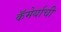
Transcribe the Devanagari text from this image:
कॅमेर्याची